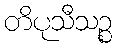
တိပုသီသဉ္စ